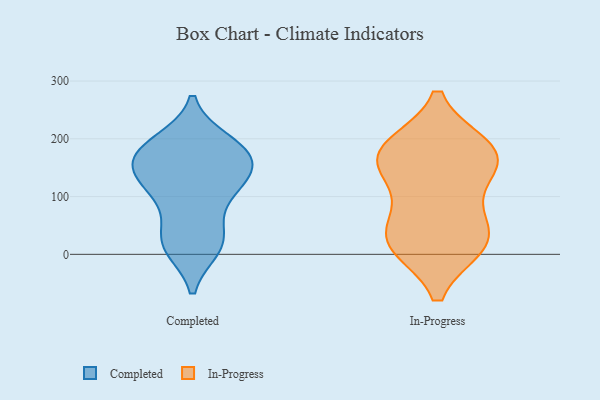
{"axis": {"x": "Gross Profit (USD K)", "y": "Value"}, "legend": ["Completed", "In-Progress"], "data": [{"x": "", "y": 131, "type": "Completed"}, {"x": "", "y": 137, "type": "Completed"}, {"x": "", "y": 184, "type": "Completed"}, {"x": "", "y": 169, "type": "Completed"}, {"x": "", "y": 19, "type": "Completed"}, {"x": "", "y": 109, "type": "Completed"}, {"x": "", "y": 13, "type": "Completed"}, {"x": "", "y": 128, "type": "Completed"}, {"x": "", "y": 180, "type": "Completed"}, {"x": "", "y": 95, "type": "Completed"}, {"x": "", "y": 161, "type": "Completed"}, {"x": "", "y": 27, "type": "Completed"}, {"x": "", "y": 25, "type": "Completed"}, {"x": "", "y": 193, "type": "Completed"}, {"x": "", "y": 175, "type": "Completed"}, {"x": "", "y": 28, "type": "In-Progress"}, {"x": "", "y": 93, "type": "In-Progress"}, {"x": "", "y": 19, "type": "In-Progress"}, {"x": "", "y": 18, "type": "In-Progress"}, {"x": "", "y": 178, "type": "In-Progress"}, {"x": "", "y": 184, "type": "In-Progress"}, {"x": "", "y": 158, "type": "In-Progress"}, {"x": "", "y": 173, "type": "In-Progress"}, {"x": "", "y": 159, "type": "In-Progress"}, {"x": "", "y": 33, "type": "In-Progress"}]}